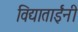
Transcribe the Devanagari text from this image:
विद्याताईंनी